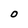
Character: O